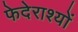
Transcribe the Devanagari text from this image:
फेदेराश्यों